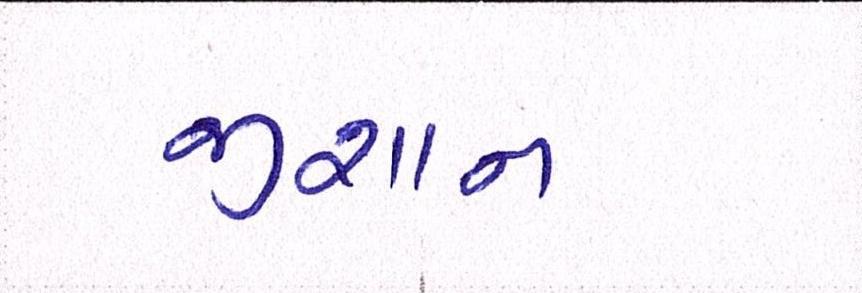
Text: જીશાન